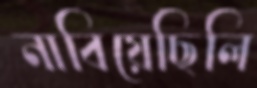
নাবিয়েছিলি